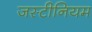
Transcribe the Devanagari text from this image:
जस्टीनियम